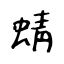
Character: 蜻